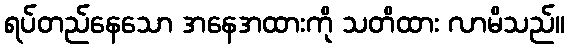
ရပ်တည်နေသော အနေအထားကို သတိထား လာမိသည်။